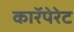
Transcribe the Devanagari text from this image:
काॅरपेरेट